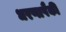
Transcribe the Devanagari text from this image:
धरणापैकी